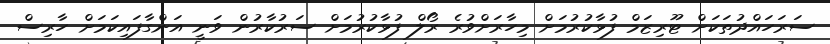
ސަރަހައްދުތަކަށް ޓޫރިޒަމް ފުޅާކުރުމަށް މިހާރަށްވުރެ ރޯލް ފުޅާކުރުމަށް ސަރުކާރުން ވަނީ އަންގާފައިކަމަށް ހާރިސް